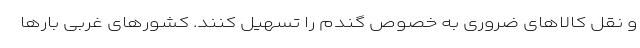
و نقل کالاهای ضروری به خصوص گندم را تسهیل کنند. کشورهای غربی بارها